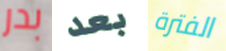
بدر بعد الفترة